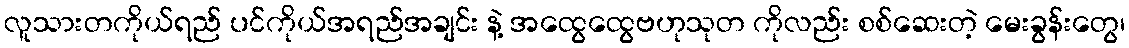
လူသားတကိုယ်ရည် ပင်ကိုယ်အရည်အချင်း နဲ့ အထွေထွေဗဟုသုတ ကိုလည်း စစ်ဆေးတဲ့ မေးခွန်းတွေ၊